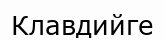
Клавдийге